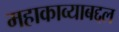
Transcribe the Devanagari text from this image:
महाकाव्याबद्दल